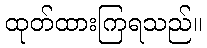
ထုတ်ထားကြရသည်။